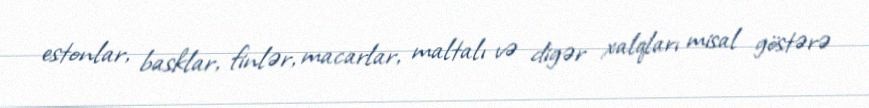
estonlar, basklar, finlər, macarlar, maltalı və digər xalqları misal göstərə